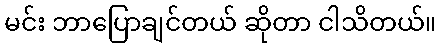
မင်း ဘာပြောချင်တယ် ဆိုတာ ငါသိတယ်။